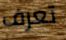
تعرف